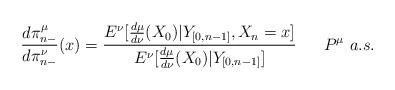
LaTeX: \begin{align*}\frac{d\pi_{n-}^{\mu}}{d\pi_{n-}^{\nu}}(x)&=\frac{E^{\nu}[\frac{d\mu}{d\nu}(X_{0})|Y_{[0,n-1]},X_{n}=x]}{E^{\nu}[\frac{d\mu}{d\nu}(X_{0})|Y_{[0,n-1]}]}~~~~~P^{\mu}~a.s.\end{align*}